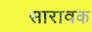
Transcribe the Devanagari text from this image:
सारावक